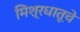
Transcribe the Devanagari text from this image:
मिश्रधातूचे